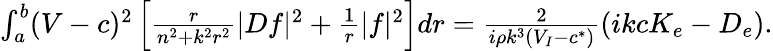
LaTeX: \begin{array}{r}{\int_{a}^{b}(V-c)^{2}\left[\frac{r}{n^{2}+k^{2}r^{2}}|Df|^{2}+\frac{1}{r}|f|^{2}\right]dr=\frac{2}{i\rho k^{3}(V_{I}-c^{*})}\left(ikcK_{e}-D_{e}\right).}\end{array}